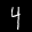
Label: 4